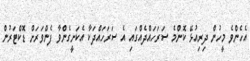
އެހެންވެ މީހުން ދިރިއުޅޭ ކޮންމެ ސަރަހައްދެއްގައި އެ ސަރަހައްދަކާ އެކަށީގެންވާ ފެންވަރަށް ޑޮކްޓަރުން